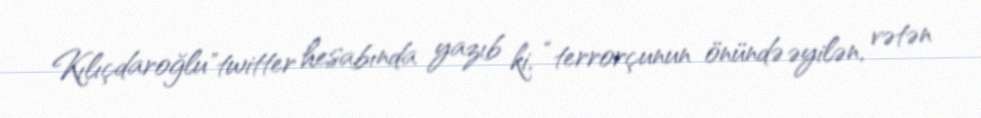
Kılıçdaroğlu"twitter hesabında yazıb ki, “terrorçunun önündə əyilən, vətən